Elephants and their diseases
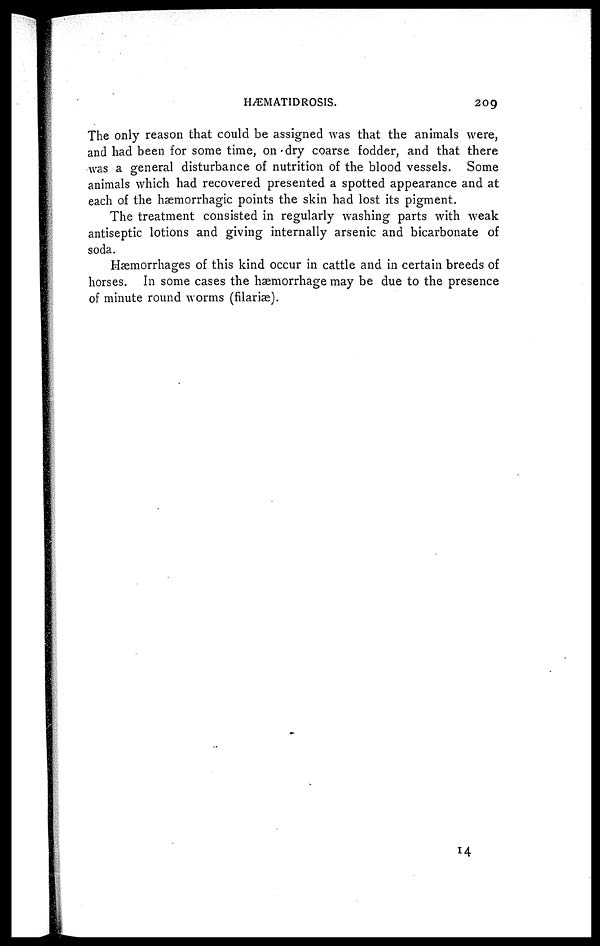
HÆMATIDROSIS.
209
The only reason that could be assigned was that the animals were,
and had been for some time, on dry coarse fodder, and that there
was a general disturbance of nutrition of the blood vessels. Some
animals which had recovered presented a spotted appearance and at
each of the hæmorrhagic points the skin had lost its pigment.
The treatment consisted in regularly washing parts with weak
antiseptic lotions and giving internally arsenic and bicarbonate of
soda.
Haemorrhages of this kind occur in cattle and in certain breeds of
horses. In some cases the haemorrhage may be due to the presence
of minute round worms (filariæ).
14